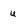
Character: u